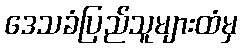
ဒေသခံပြည်သူများထံမှ